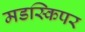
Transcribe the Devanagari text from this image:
मडस्किपर